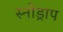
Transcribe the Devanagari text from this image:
स्नोड्राप